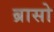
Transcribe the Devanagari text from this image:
ब्रासो